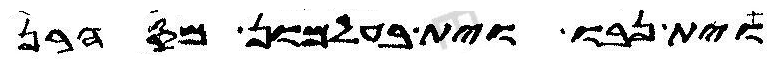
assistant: וית נבו וית בעלמון מסהרן